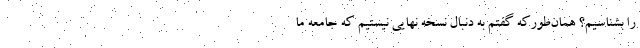
را بشناسیم؟ همان‌طورکه گفتم به دنبال نسخه نهایی نیستیم که جامعه ما